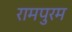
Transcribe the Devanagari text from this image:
रामपुरम